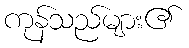
ကုန်သည်များ၏